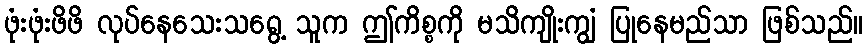
ဖုံးဖုံးဖိဖိ လုပ်နေသေးသရွေ့ သူက ဤကိစ္စကို မသိကျိုးကျွံ ပြုနေမည်သာ ဖြစ်သည်။